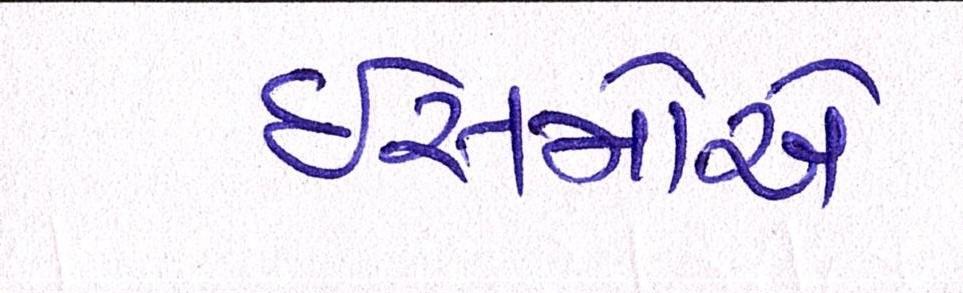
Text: ઈસમોએ